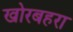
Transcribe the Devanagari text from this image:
खोरबहरा